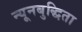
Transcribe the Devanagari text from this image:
न्यूनबुद्धिता